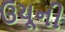
ઉયૂની